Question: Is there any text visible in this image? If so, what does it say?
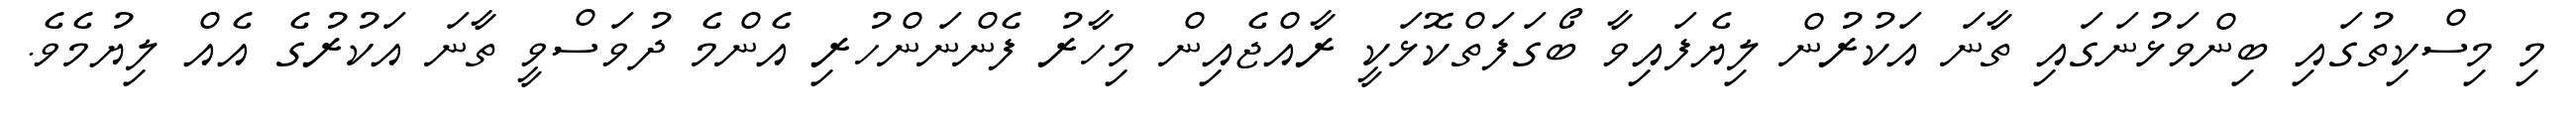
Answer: މި މިސްކިތުގައި ބިންވަޅުނަގައި ތާނަ އަކުރުން ލިޔެފައިވާ ބޯގަފަތްކޮޅަކީ ރާއްޖެއިން މިހާރު ފެންނަންހުރި އެންމެ ދުވަސްވީ ތާނަ އަކުރުގެ އެއް ލިޔުމެވެ.